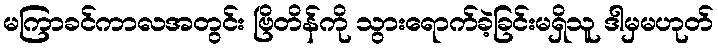
မကြာခင်ကာလအတွင်း ဗြိတိန်ကို သွားရောက်ခဲ့ခြင်းမရှိသူ ဒါမှမဟုတ်